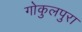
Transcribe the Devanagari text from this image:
गोकुलपुरा